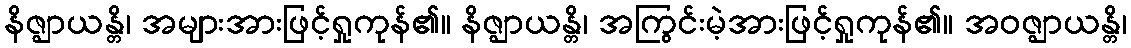
နိဇ္ဈာယန္တိ၊ အများအားဖြင့်ရှုကုန်၏။ နိဇ္ဈာယန္တိ၊ အကြွင်းမဲ့အားဖြင့်ရှုကုန်၏။ အဝဇ္ဈာယန္တိ၊